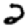
Digit: 2